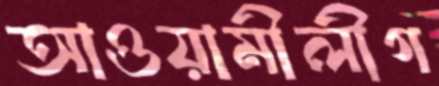
আওয়ামীলীগ